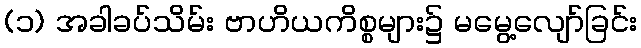
(၁) အခါခပ်သိမ်း ဗာဟိယကိစ္စများ၌ မမွေ့လျော်ခြင်း